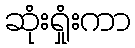
ဆုံးရှုံးကာ